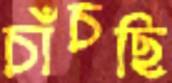
চাঁচছি